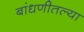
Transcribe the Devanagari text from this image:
बांधणीतल्या